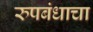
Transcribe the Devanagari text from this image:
रुपबंधाचा